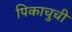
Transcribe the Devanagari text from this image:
पिकाचुची